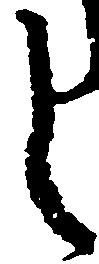
し